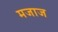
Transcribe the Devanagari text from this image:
मजाज